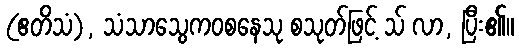
(ဧတိသံ), သံသာသွေကဝစနေသု စသုတ်ဖြင့် သ် လာ, ပြီး၏။